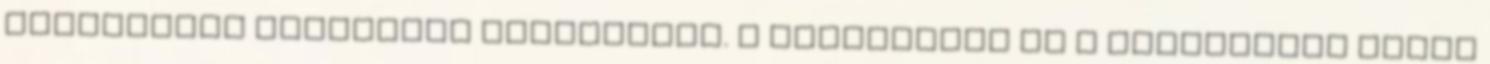
katartikus csúcspont közeledtét. A leleplezés és a felismerés jelei